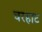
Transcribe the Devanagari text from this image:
चरहाट